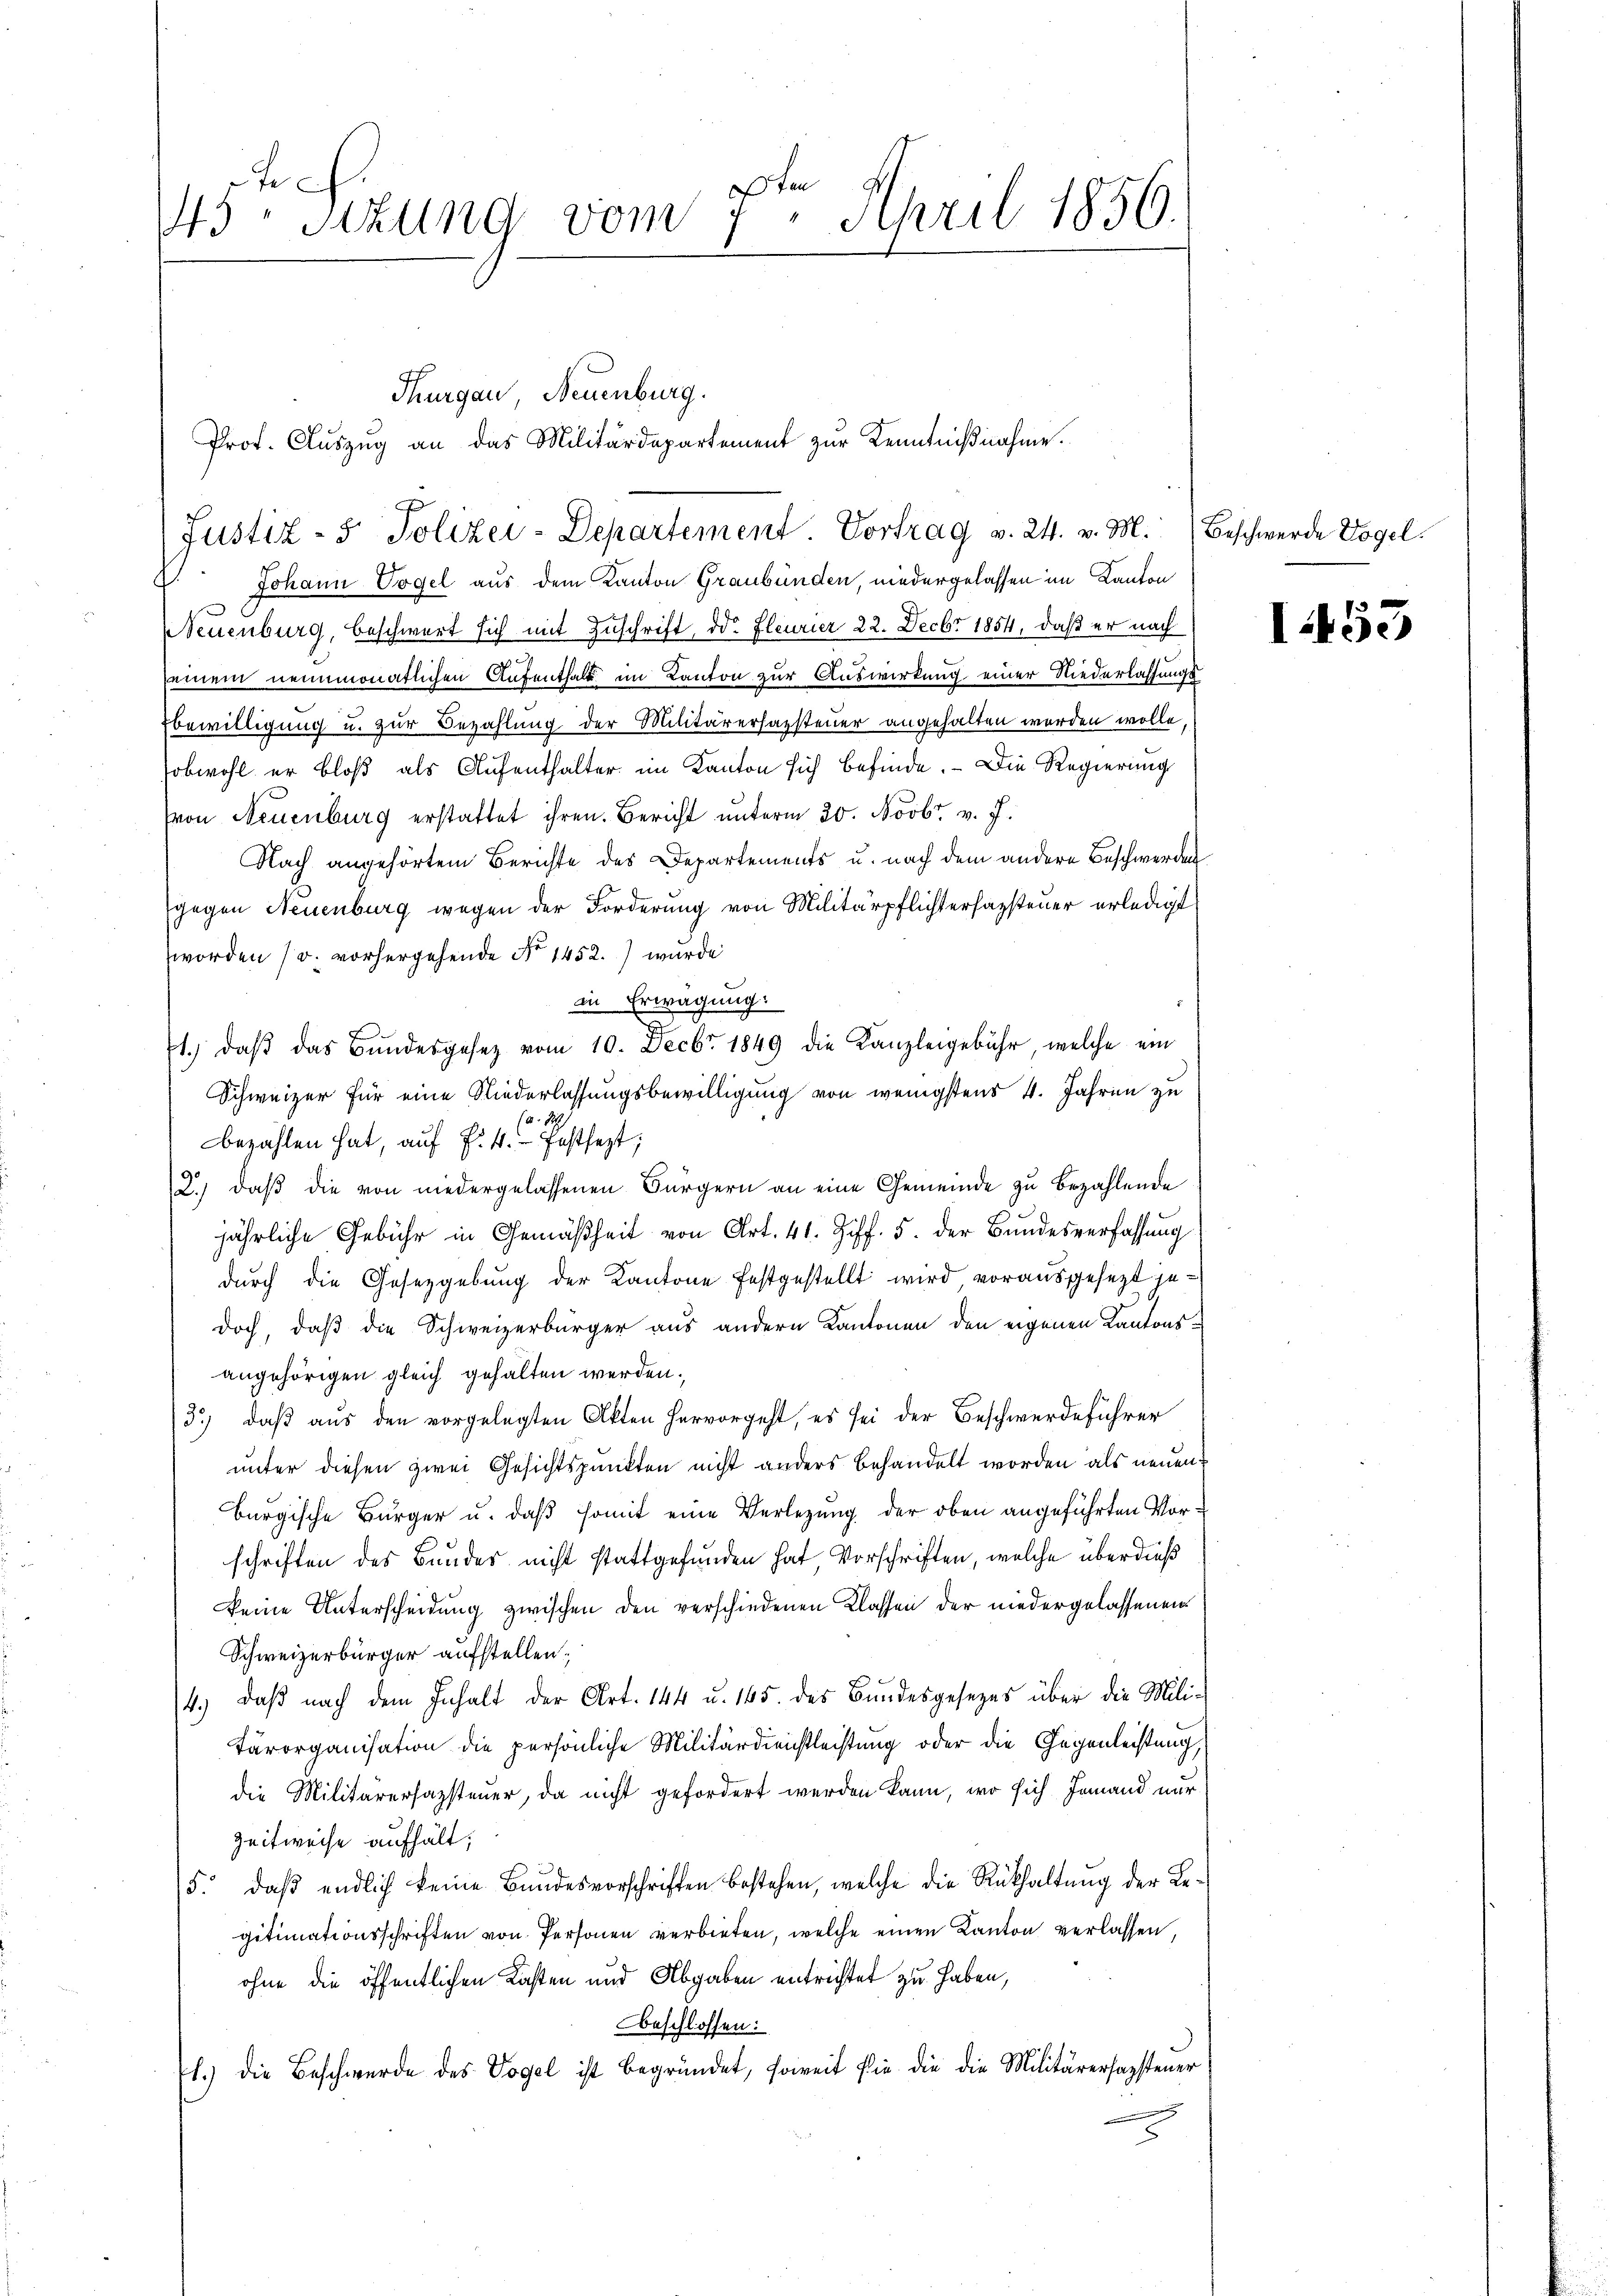
45. Sitzung vom 7ten April 1856.

Johann Vogel aus dem Kanton Graubünden, niedergelassen im Kanton
Neuenburg, beschwert sich mit Zuschrift, od. Feurier 22. Decbr 1854, daß er nach
seinem neunmonatlichen Aufenthalt im Kanton zur Auswirkung einer Niederlassungsbewilligung u. zur Bezahlung der Militärerhazsteuer angehalten werden wolle,
sobwohl er bloß als Aufenthalter im Kanton sich befinde. - Die Regierung
(von Neuenburg erstattet ihren. Bericht ŭnterm 20. Novbr. v. J.
Nach angehörtem Berichte des Departements u. nach dem andere Beschwerden
gegen Neuenburg wegen der Forderung von Militärpflichtersagsteuer erledigt
worden (v. vorhergehende No 1452.) wurde
in Erwägung:
1. daβ das Bundesgesetz vom 10. Decbr 1849 die Kanzleigebühr, welche ein
Schweizer für eine Niederlassungsbewilligung von wenigstens 4. Jahren zu
1
bezahlen hat, auf §. 4. festsezt;
2.) daß die von niedergelassenen Bürgern an eine Gemeinde zu bezahlende
jährliche Gebühr in Gemäßheit von Art. 41. Ziff. 5. der Bundesverfassung
durch die Gesetzgebung der Kantone festgestellt wird, vorausgesezt jedoch, daß die Schweizerbürger aus andern Kantonen den eigenen Kantonsangehörigen gleich gehalten werden.
3.) daß aus den vorgelegten Akten hervorgeht, es sei der Beschwerdeführer
unter diesen zwei Gesichtspunkten nicht anders behandelt worden als neuen
burgische Bürger u. daß somit eine Verlegung der oben angeführten Vorschriften des Baudes nicht stattgefunden hat, Vorschriften, welche überdieß
Keine Unterscheidung zwischen den verschiedenen Klassen der niedergelassenen
Schweizerbürger aufstellen;
4.) Daß nach dem Inhalt der Art. 144 u. 165. des Bundesgesezes über die Mili¬
Tärorganisation die persönliche Militärdienstleistung oder die Gegenleistung,
die Militärersazsteuer, da nicht gefordert werden kann, wo sich Jemand nur
Zeitweise aufhält;
5. daß endlich keine Bundesvorschriften bestehen, welche die Rükhaltung der Regitimationsschriften von Personen verbieten, welche einen Kanton verlassen,
ohne die öffentlichen Kasten und Abgaben entrichtet zu haben,
beschlossen:
1.) die Beschwerde des Vogel ist begründet, soweit die die die Militärersagstener

Justiz- & Polizei-Departement. Vortrag v. 24. v. M. Beschwerde Vogel

Thurgau, Neuenburg.
Prof. Auszug an das Militärdepartement zur Kenntnißnahme.

I53